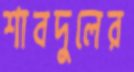
শাবদুলের